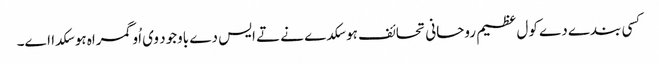
کسی بندے دے کول عظیم روحانی تحائف ہو سکدے نے تے ایس دے باوجود وی اُو گمراہ ہو سکدا اے۔